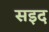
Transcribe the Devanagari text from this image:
सइद